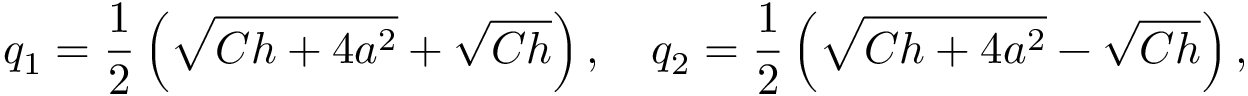
q _ { 1 } = \frac { 1 } { 2 } \left( \sqrt { C h + 4 a ^ { 2 } } + \sqrt { C h } \right) , \quad q _ { 2 } = \frac { 1 } { 2 } \left( \sqrt { C h + 4 a ^ { 2 } } - \sqrt { C h } \right) ,